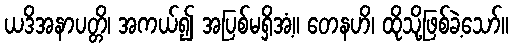
ယဒိအနာပတ္တိ၊ အကယ်၍ အပြစ်မရှိအံ့။ တေနဟိ၊ ထိုသို့ဖြစ်ခဲ့သော်။